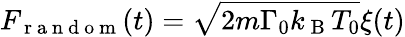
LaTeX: F_{\mathrm{~r~a~n~d~o~m~}}(t)=\sqrt{2m\Gamma_{0}k_{\mathrm{~B~}}T_{0}}\xi(t)